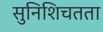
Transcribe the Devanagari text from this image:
सुनिशिचतता